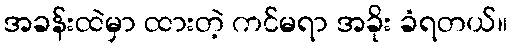
အခန်းထဲမှာ ထားတဲ့ ကင်မရာ အခိုး ခံရတယ်။